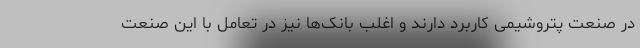
در صنعت پتروشیمی کاربرد دارند و اغلب بانک‌ها نیز در تعامل با این صنعت